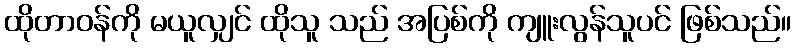
ထိုတာဝန်ကို မယူလျှင် ထိုသူ သည် အပြစ်ကို ကျူးလွန်သူပင် ဖြစ်သည်။